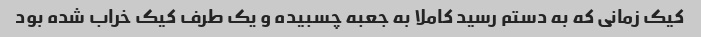
کیک زمانی که به دستم رسید کاملا به جعبه چسبیده و یک طرف کیک خراب شده بود